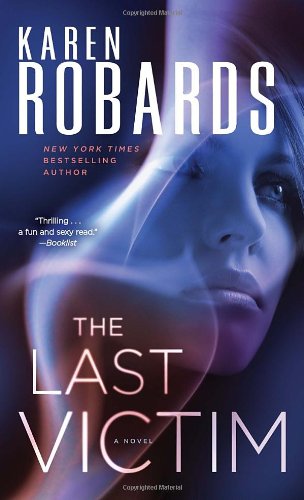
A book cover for The Last Victim: A Novel (Dr. Charlotte Stone); Karen Robards; Mystery, Thriller & Suspense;